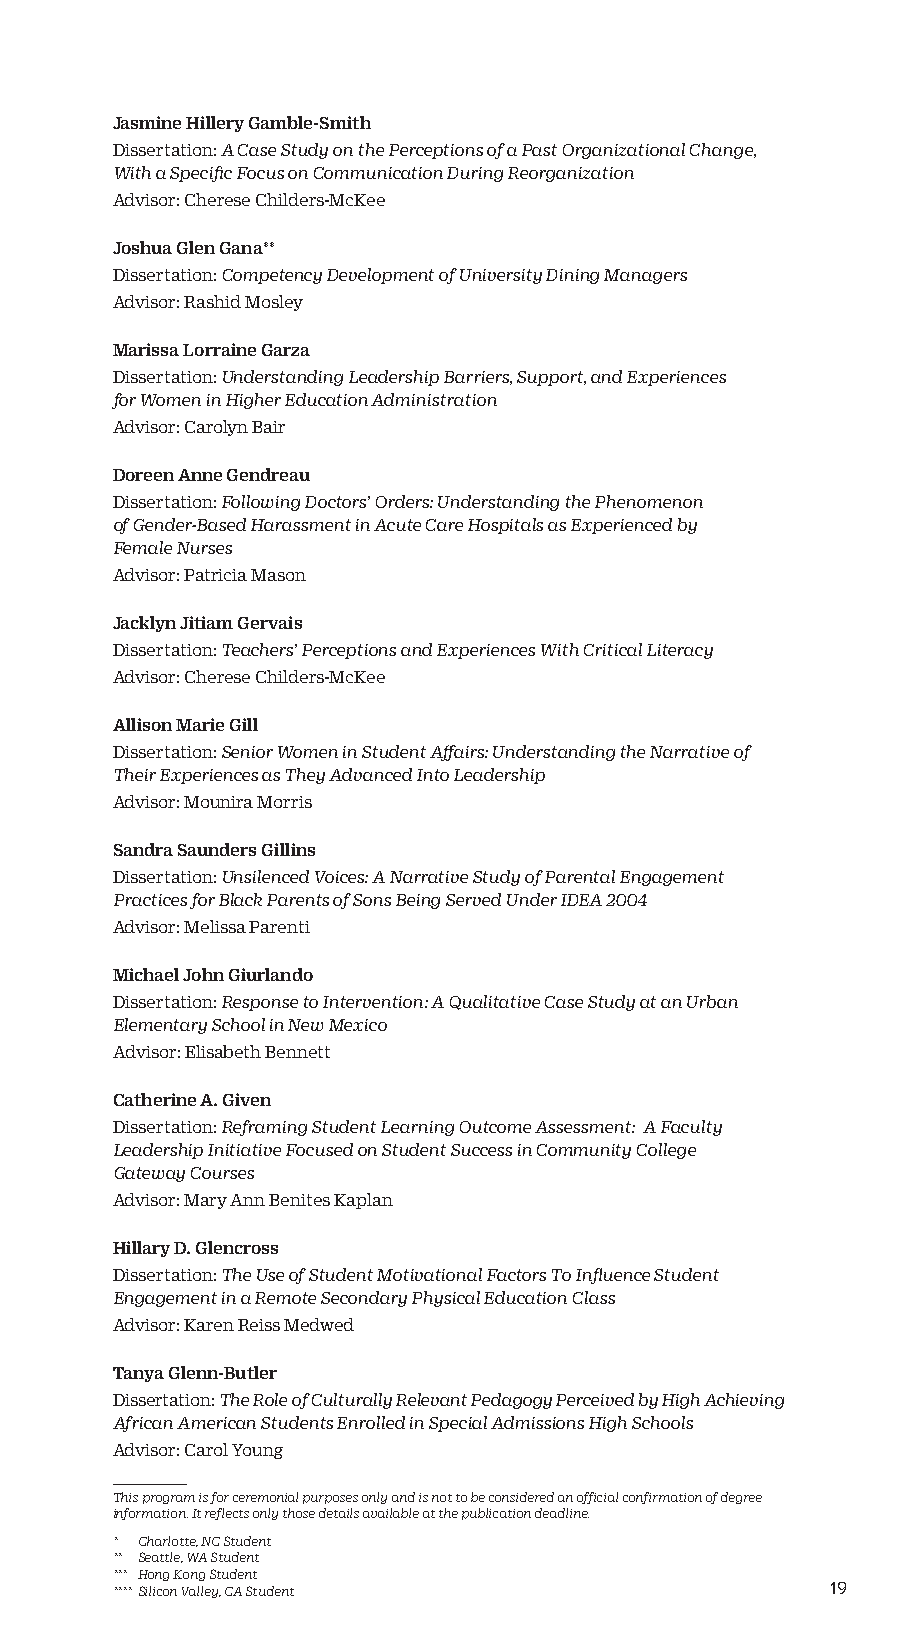
Jasmine Hillery Gamble-Smith
 Dissertation: A Case Study on the Perceptions of a Past Organizational Change,
 With a Specific Focus on Communication During Reorganization
 Advisor: Cherese Childers-McKee
 Joshua Glen Gana**
 Dissertation: Competency Development of University Dining Managers
 Advisor: Rashid Mosley
 Marissa Lorraine Garza
 Dissertation: Understanding Leadership Barriers, Support, and Experiences
 for Women in Higher Education Administration
 Advisor: Carolyn Bair
 Doreen Anne Gendreau
 Dissertation: Following Doctors’ Orders: Understanding the Phenomenon
 of Gender-Based Harassment in Acute Care Hospitals as Experienced by
 Female Nurses
 Advisor: Patricia Mason
 Jacklyn Jitiam Gervais
 Dissertation: Teachers’ Perceptions and Experiences With Critical Literacy
 Advisor: Cherese Childers-McKee
 Allison Marie Gill
 Dissertation: Senior Women in Student Affairs: Understanding the Narrative of
 Their Experiences as They Advanced Into Leadership
 Advisor: Mounira Morris
 Sandra Saunders Gillins
 Dissertation: Unsilenced Voices: A Narrative Study of Parental Engagement
 Practices for Black Parents of Sons Being Served Under IDEA 2004
 Advisor: Melissa Parenti
 Michael John Giurlando
 Dissertation: Response to Intervention: A Qualitative Case Study at an Urban
 Elementary School in New Mexico
 Advisor: Elisabeth Bennett
 Catherine A. Given
 Dissertation: Reframing Student Learning Outcome Assessment: A Faculty
 Leadership Initiative Focused on Student Success in Community College
 Gateway Courses
 Advisor: Mary Ann Benites Kaplan
 Hillary D. Glencross
 Dissertation: The Use of Student Motivational Factors To Influence Student
 Engagement in a Remote Secondary Physical Education Class
 Advisor: Karen Reiss Medwed
 Tanya Glenn-Butler
 Dissertation: The Role of Culturally Relevant Pedagogy Perceived by High Achieving
 African American Students Enrolled in Special Admissions High Schools
 Advisor: Carol Young
 This program is for ceremonial purposes only and is not to be considered an official confirmation of degree
 information. It reflects only those details available at the publication deadline.
 * Charlotte, NC Student
 ** Seattle, WA Student
 *** Hong Kong Student
 **** Silicon Valley, CA Student                 19